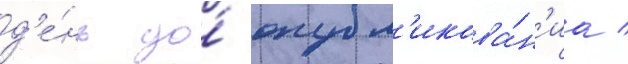
д'е́нь до́ опубл'икова́н'иа /